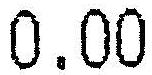
0.00